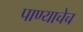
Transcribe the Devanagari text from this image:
पाण्याचेच